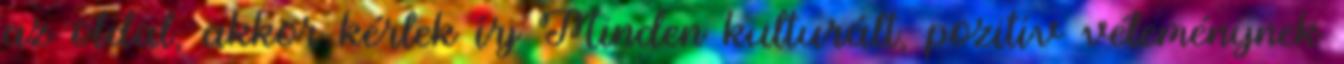
az oldal, akkor kérlek írj Minden kulturált, pozitív véleménynek